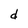
Character: d